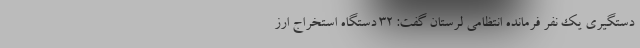
دستگیری یک نفر فرمانده انتظامی لرستان گفت: ۳۲ دستگاه استخراج ارز